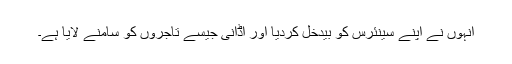
انہوں نے اپنے سینئرس کو بیدخل کردیا اور اڈانی جیسے تاجروں کو سامنے لایا ہے۔